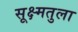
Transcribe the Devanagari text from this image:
सूक्ष्मतुला